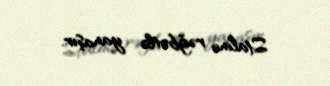
Stalinə rəğbətlə yanaşır.